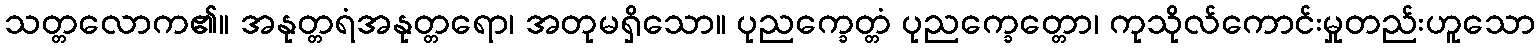
သတ္တလောက၏။ အနုတ္တရံအနုတ္တရော၊ အတုမရှိသော။ ပုညက္ခေတ္တံ ပုညက္ခေတ္တော၊ ကုသိုလ်ကောင်းမှုတည်းဟူသော